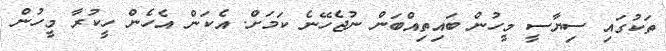
ތަކުގައި ސިޔާސީ މީހުން ބައިތިއްބަން ނުޖެހޭނެ ކަމަށް. އެކަން އެހެން ހީކުރާ މީހުން